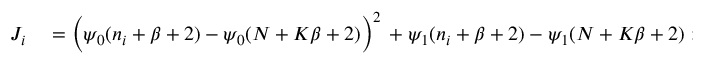
\begin{array} { r l } { J _ { i } } & { { } = \Big ( \psi _ { 0 } ( n _ { i } + \beta + 2 ) - \psi _ { 0 } ( N + K \beta + 2 ) \Big ) ^ { 2 } \, + \psi _ { 1 } ( n _ { i } + \beta + 2 ) - \psi _ { 1 } ( N + K \beta + 2 ) \; ; } \end{array}